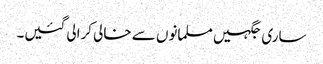
ساری جگہیں مسلمانوں سے خالی کرالی گئیں۔